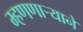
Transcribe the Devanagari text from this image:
म्हणणार्‍याने